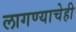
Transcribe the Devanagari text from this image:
लागण्याचेही